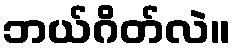
ဘယ်ဂိတ်လဲ။